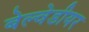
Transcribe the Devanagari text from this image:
बेल्वेडीयर